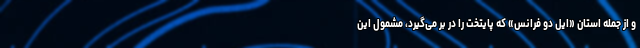
و از جمله استان «ایل دو فرانس» که پایتخت را در بر می‌گیرد، مشمول این